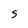
Character: S